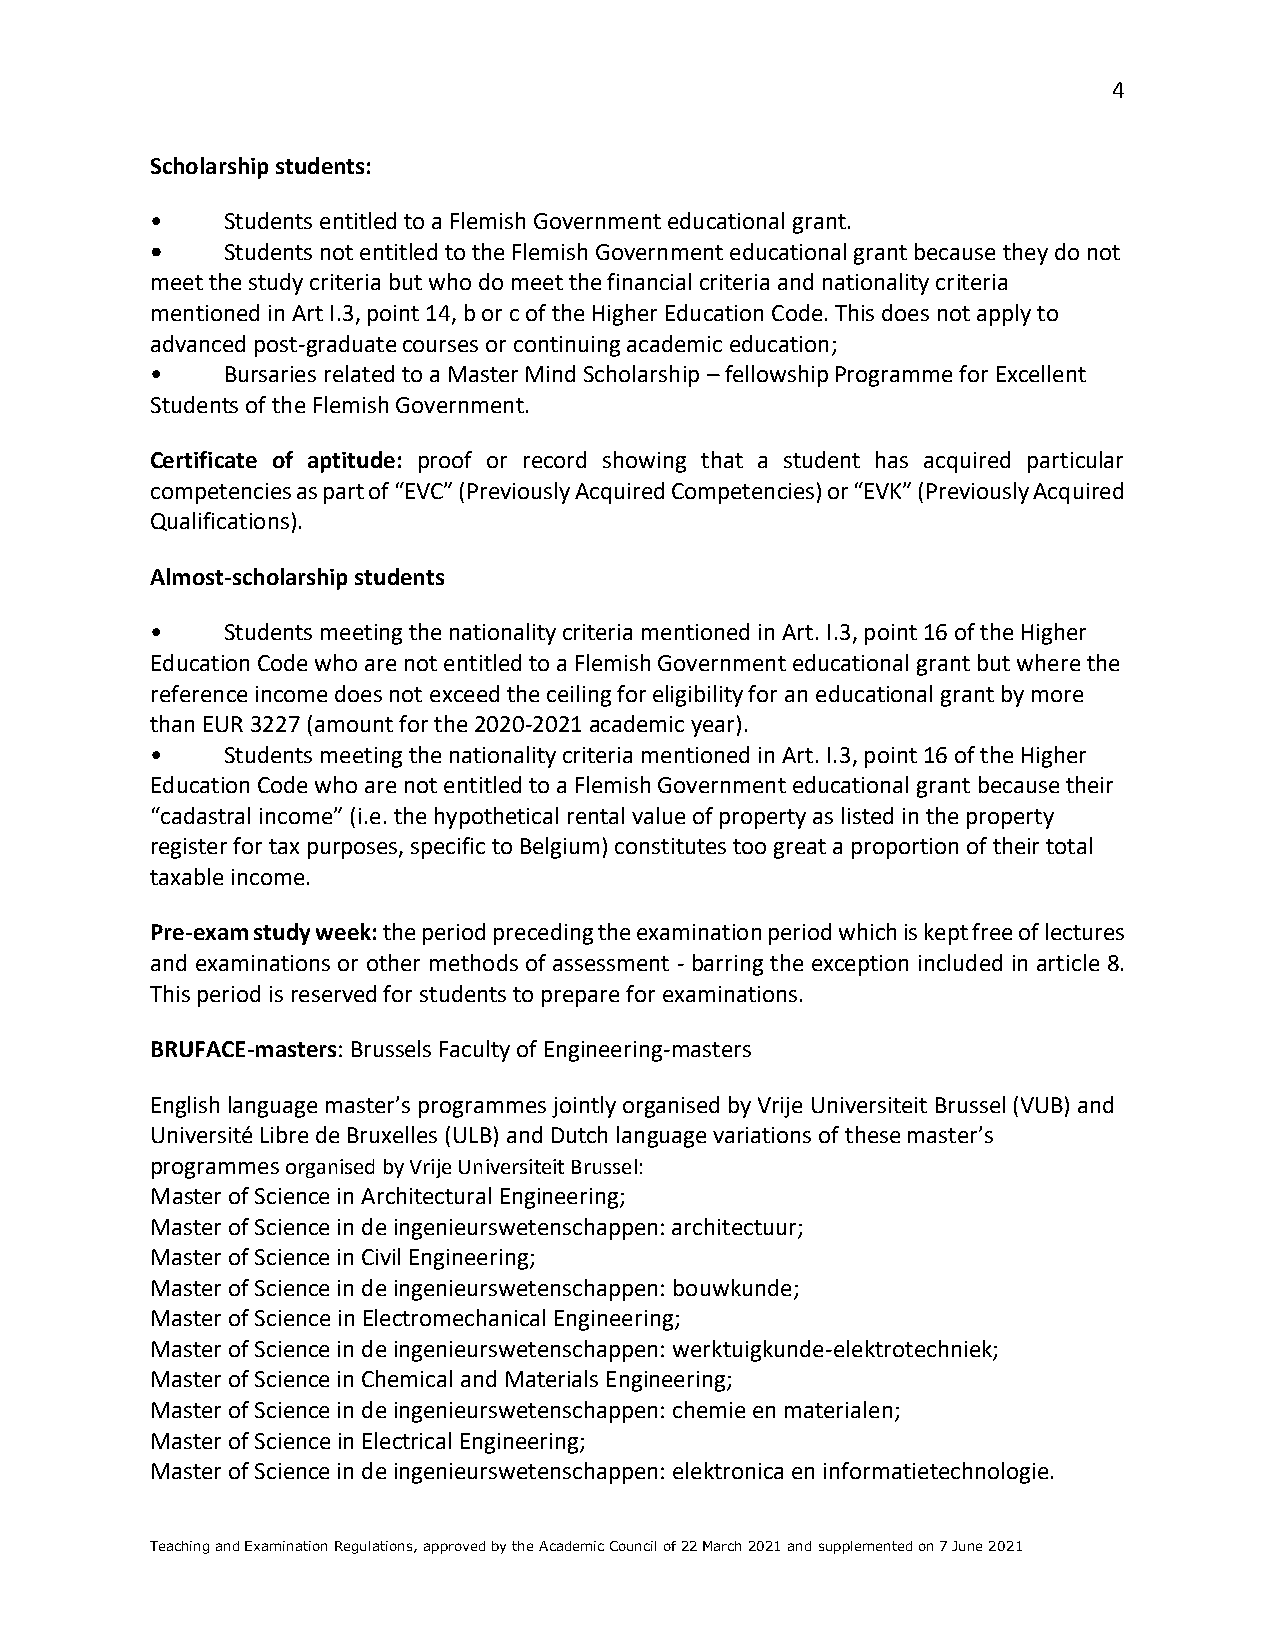
4
 Scholarship students:
 •    Students entitled to a Flemish Government educational grant.
 •    Students not entitled to the Flemish Government educational grant because they do not
 meet the study criteria but who do meet the financial criteria and nationality criteria
 mentioned in Art I.3, point 14, b or c of the Higher Education Code. This does not apply to
 advanced post-graduate courses or continuing academic education;
 •    Bursaries related to a Master Mind Scholarship – fellowship Programme for Excellent
 Students of the Flemish Government.
 Certificate of aptitude: proof or record showing that a student has acquired particular
 competencies as part of “EVC” (Previously Acquired Competencies) or “EVK” (Previously Acquired
 Qualifications).
 Almost-scholarship students
 •    Students meeting the nationality criteria mentioned in Art. I.3, point 16 of the Higher
 Education Code who are not entitled to a Flemish Government educational grant but where the
 reference income does not exceed the ceiling for eligibility for an educational grant by more
 than EUR 3227 (amount for the 2020-2021 academic year).
 •    Students meeting the nationality criteria mentioned in Art. I.3, point 16 of the Higher
 Education Code who are not entitled to a Flemish Government educational grant because their
 “cadastral income” (i.e. the hypothetical rental value of property as listed in the property
 register for tax purposes, specific to Belgium) constitutes too great a proportion of their total
 taxable income.
 Pre-exam study week: the period preceding the examination period which is kept free of lectures
 and examinations or other methods of assessment - barring the exception included in article 8.
 This period is reserved for students to prepare for examinations.
 BRUFACE-masters: Brussels Faculty of Engineering-masters
 English language master’s programmes jointly organised by Vrije Universiteit Brussel (VUB) and
 Université Libre de Bruxelles (ULB) and Dutch language variations of these master’s
 programmes organised by Vrije Universiteit Brussel:
 Master of Science in Architectural Engineering;
 Master of Science in de ingenieurswetenschappen: architectuur;
 Master of Science in Civil Engineering;
 Master of Science in de ingenieurswetenschappen: bouwkunde;
 Master of Science in Electromechanical Engineering;
 Master of Science in de ingenieurswetenschappen: werktuigkunde-elektrotechniek;
 Master of Science in Chemical and Materials Engineering;
 Master of Science in de ingenieurswetenschappen: chemie en materialen;
 Master of Science in Electrical Engineering;
 Master of Science in de ingenieurswetenschappen: elektronica en informatietechnologie.
 Teaching and Examination Regulations, approved by the Academic Council of 22 March 2021 and supplemented on 7 June 2021